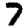
Digit: 7